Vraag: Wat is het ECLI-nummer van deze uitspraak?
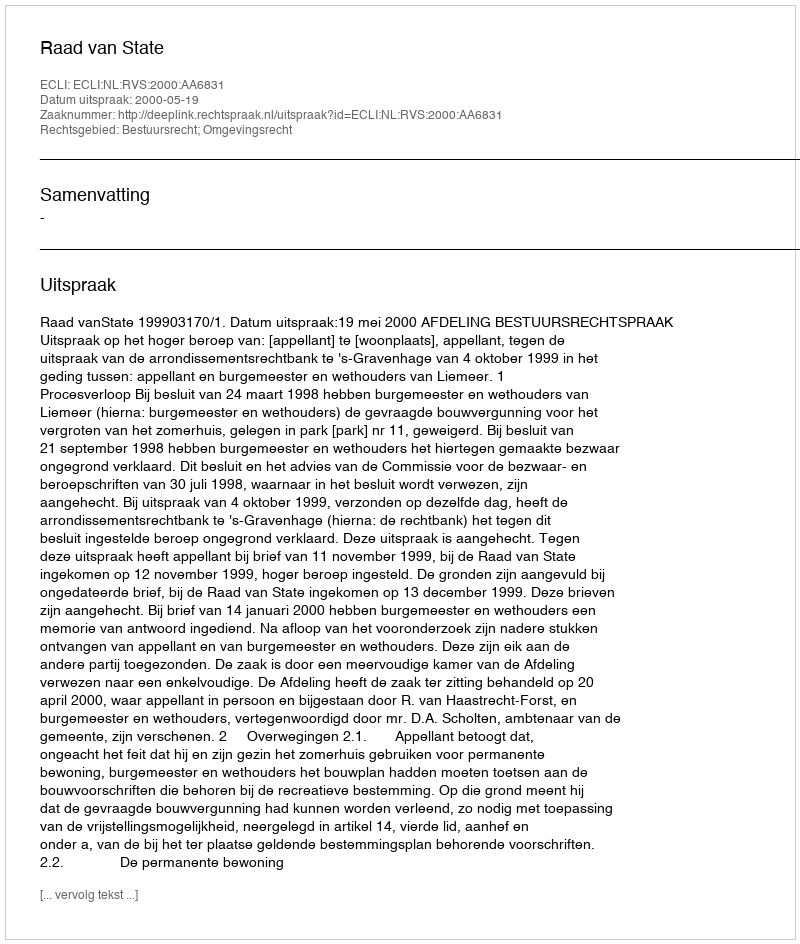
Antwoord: ECLI:NL:RVS:2000:AA6831